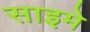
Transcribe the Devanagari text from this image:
साइमे